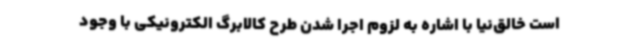
است خالق‌نیا با اشاره به لزوم اجرا شدن طرح کالابرگ الکترونیکی با وجود